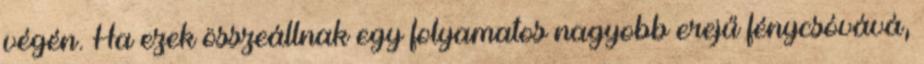
végén. Ha ezek összeállnak egy folyamatos nagyobb erejű fénycsóvává,